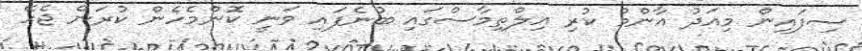
ސިފައިން މިއަދު އާންމު ކުރި އިލްތިމާސްގައި ބުނެފައި ވަނީ ކޮންމެހެން ކުރަން ޖެހޭ